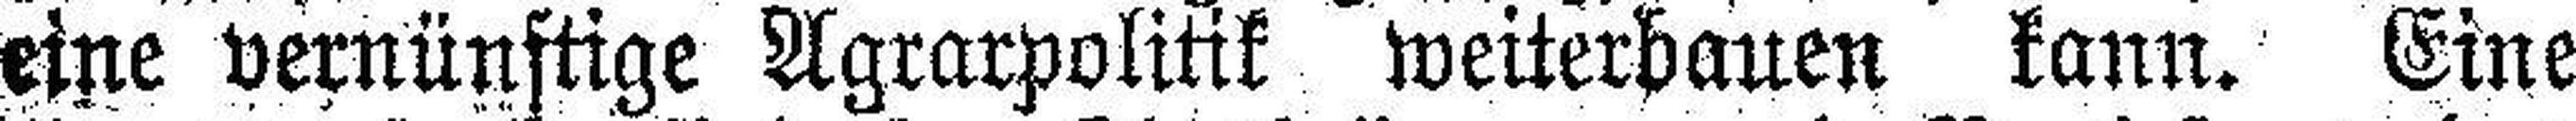
eine vernünftige Agrarpolitik weiterbauen kann. Eine